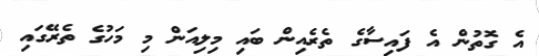
އެ ގޮތުން އެ ފައިސާގެ ތެރެއިން ބައި މިލިއަން މި މަހުގެ ތެރޭގައި